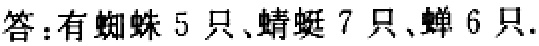
答：有蜘蛛 5 只、蜻蜓 7 只、蝉 6 只.